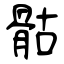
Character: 骷